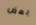
بعض